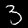
Digit: 3